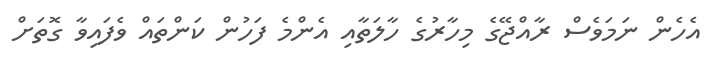
އެހެން ނަމަވެސް ރާއްޖޭގެ މިހާރުގެ ހާލަތާއި އެންމެ ފަހުން ކަންތައް ވެފައިވާ ގޮތަށް